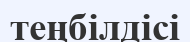
теңбілдісі